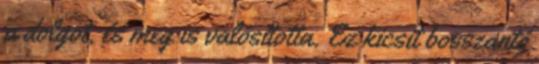
a dolgot, és meg is valósította. Ez kicsit bosszantó